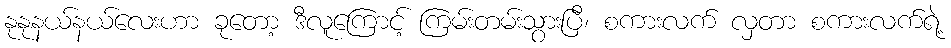
နုနုနယ်နယ်လေးဟာ ခုတော့ ဒီလူကြောင့် ကြမ်းတမ်းသွားပြီ၊ စကားလက် လှတာ စကားလက်ရဲ့